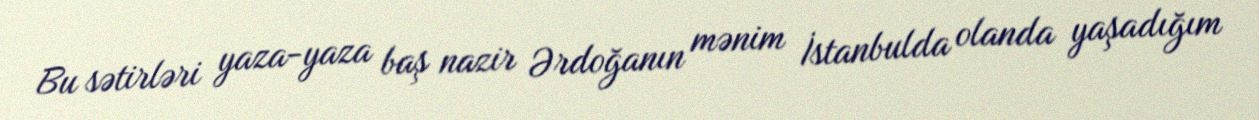
Bu sətirləri yaza-yaza baş nazir Ərdoğanın mənim İstanbulda olanda yaşadığım